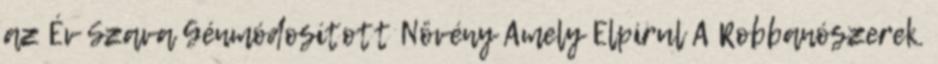
az Év Szava Génmódosított Növény Amely Elpirul A Robbanószerek.